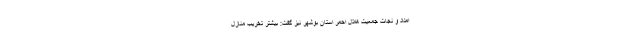
امداد و نجات جمعیت هلال احمر استان بوشهر نیز گفت: بیشتر تخریب منازل